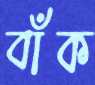
বাঁক